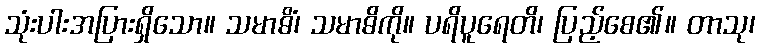
သုံးပါးအပြားရှိသော။ သမာဓိံ၊ သမာဓိကို။ ပရိပူရေတိ၊ ပြည့်စေ၏။ တာသု၊